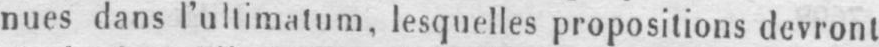
nues dans l’ultimatum, lesquelles propositions devront